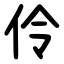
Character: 伶